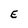
Character: E